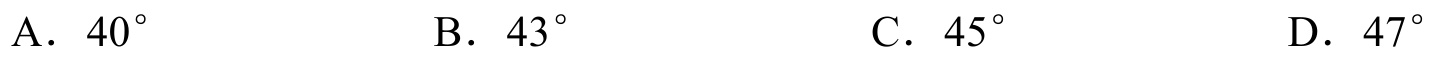
A．$40^{\circ}$  B．$43^{\circ}$  C．$45^{\circ}$  D．$47^{\circ}$